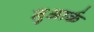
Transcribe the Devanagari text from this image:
नुआर्क